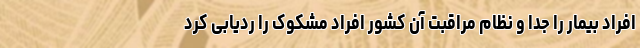
افراد بیمار را جدا و نظام مراقبت آن کشور افراد مشکوک را ردیابی کرد